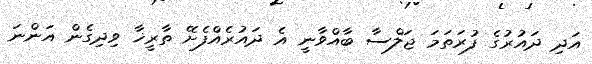
އަދި ދައުރުގެ ފުރަތަމަ ޖަލްސާ ބާއްވާނީ އެ ދައުރެއްފެށޭ ތާރީޚާ ވިދިގެން އަންނަ